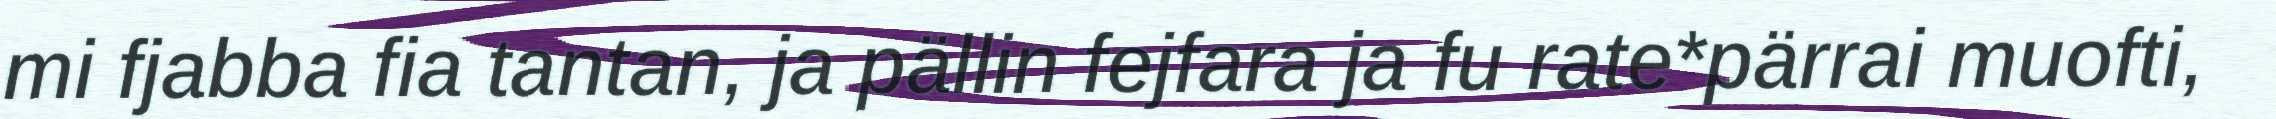
mi fjabba fia tantan, ja pällin fejfara ja fu rate*pärrai muofti,